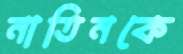
নাতিনকে